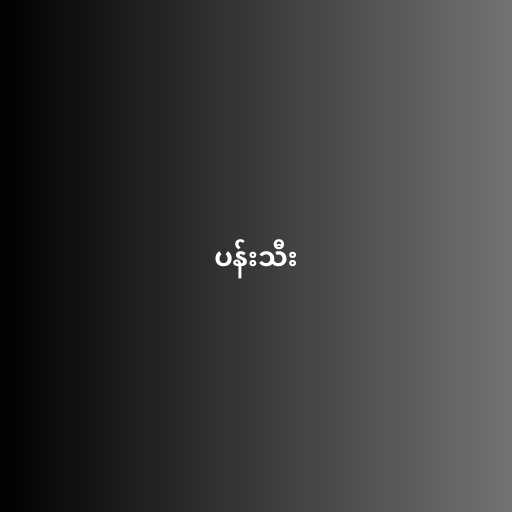
ပန်းသီး